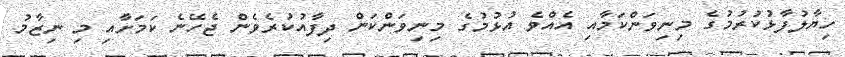
ހިޔާލުފާޅުކުރުމުގެ މިނިވަންކަމާއި އެއްވެ އުޅުމުގެ މިނިވަންކަން ދިފާއުކުރެވެން ޖެހޭނެ ކަމަށާއި މި ނިޒާމު